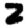
Digit: 2